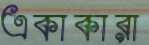
একাকারা